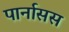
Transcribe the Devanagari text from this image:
पार्नासस